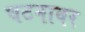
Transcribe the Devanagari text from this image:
घटनावर